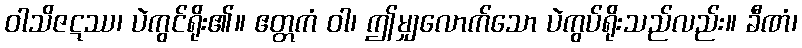
ဝါသိဇဋဿ၊ ပဲကွင်ရိုး၏။ ဧတ္တကံ ဝါ၊ ဤမျှလောက်သော ပဲကွပ်ရိုးသည်လည်း။ ခီဏံ၊